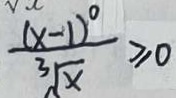
\frac { ( x - 1 ) ^ { 0 } } { \sqrt [ 3 ] { x } } \geq 0